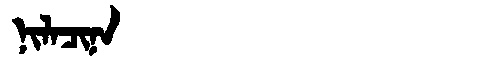
Manchu: ᠨᡳᠯᠠᠴᡳᠨᠠ
Romanization: NILACINA